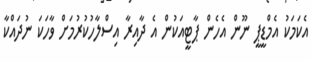
އެކަމަކު އެމްޑީޕީ ނޫން އެހެން ޕާޓީއަކުން އެ ދާއިރާ އިސްލާހުކުރުމަށް ވާހަކަ ނުދައްކާ